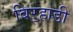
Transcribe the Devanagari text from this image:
बिर्‍हाडी